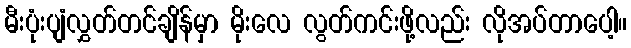
မီးပုံးပျံလွှတ်တင်ချိန်မှာ မိုးလေ လွတ်ကင်းဖို့လည်း လိုအပ်တာပေါ့။